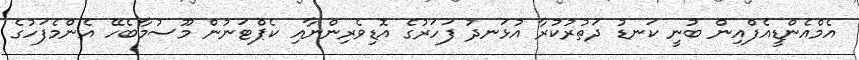
އެމްއެންޑީއެފްއިން ބުނީ ކަނޑު ދަތުރުކުރާ އުޅަނދު ފަހަރުގެ އޮޑިވެރިންނާއި ކެޕްޓަނުން މޫސުމާބެހޭ އެންމެފަހުގެ